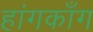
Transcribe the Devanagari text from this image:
हांगकाँग